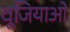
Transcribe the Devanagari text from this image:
वूजियाओ